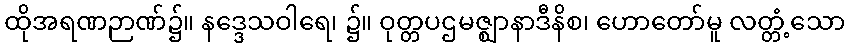
ထိုအရဏဉာဏ်၌။ နဒ္ဒေသဝါရေ၊ ၌။ ဝုတ္တပဌမဇ္ဈာနာဒီနိစ၊ ဟောတော်မူ လတ္တံ့သော